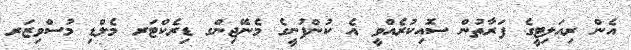
އެން ރިއަލިޓީގެ ފަރާތުން ސޮއިކުރެއްވީ އެ ކުންފުނީގެ މެނޭޖިންގ ޑިރެކްޓަރ މެލްޑި މުސްވިޒަރ